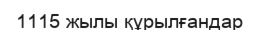
1115 жылы құрылғандар